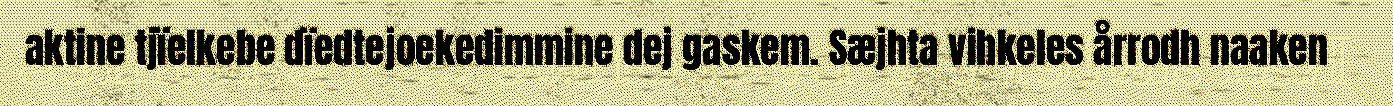
aktine tjïelkebe dïedtejoekedimmine dej gaskem. Sæjhta vihkeles årrodh naaken